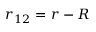
r _ { 1 2 } = r - R